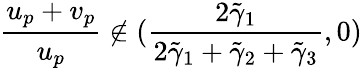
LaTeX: \frac{u_{p}+v_{p}}{u_{p}}\notin(\frac{2\tilde{\gamma}_{1}}{2\tilde{\gamma}_{1}+\tilde{\gamma}_{2}+\tilde{\gamma}_{3}},0)